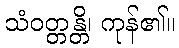
သံဝတ္တန္တိ၊ ကုန်၏။